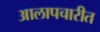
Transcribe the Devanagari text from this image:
आलापचारीत